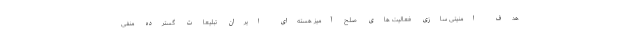
هدف امنیتی سازی فعالیت های صلح آمیز هسته‌ای ایران تبلیعات گسترده منفی